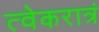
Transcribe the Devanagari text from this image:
त्वेकरात्रं